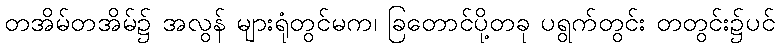
တအိမ်တအိမ်၌ အလွန် များရုံတွင်မက၊ ခြတောင်ပို့တခု ပရွက်တွင်း တတွင်း၌ပင်